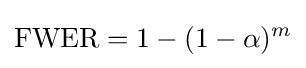
{\text{FWER}}=1-(1-\alpha )^{m}